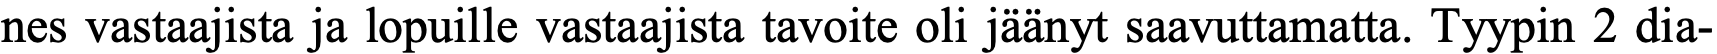
nes vastaajista ja lopuille vastaajista tavoite oli jäänyt saavuttamatta. Tyypin 2 dia-